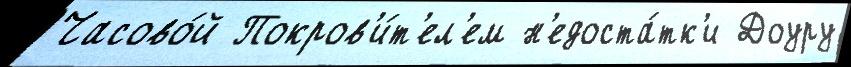
Часово́й Покров'и́т'ел'ем н'едоста́тк'и Доуру